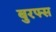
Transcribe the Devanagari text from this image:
बुरफ्स